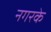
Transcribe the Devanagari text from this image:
नगरके